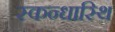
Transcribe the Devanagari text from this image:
स्कन्धास्थि